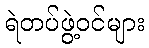
ရဲတပ်ဖွဲ့ဝင်များ